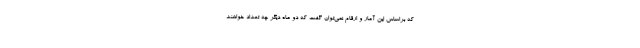
که براساس این آمار و ارقام نمی‌توان گفت که دو ماه دیگر چه تعداد خواهند